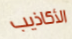
الأكاذيب